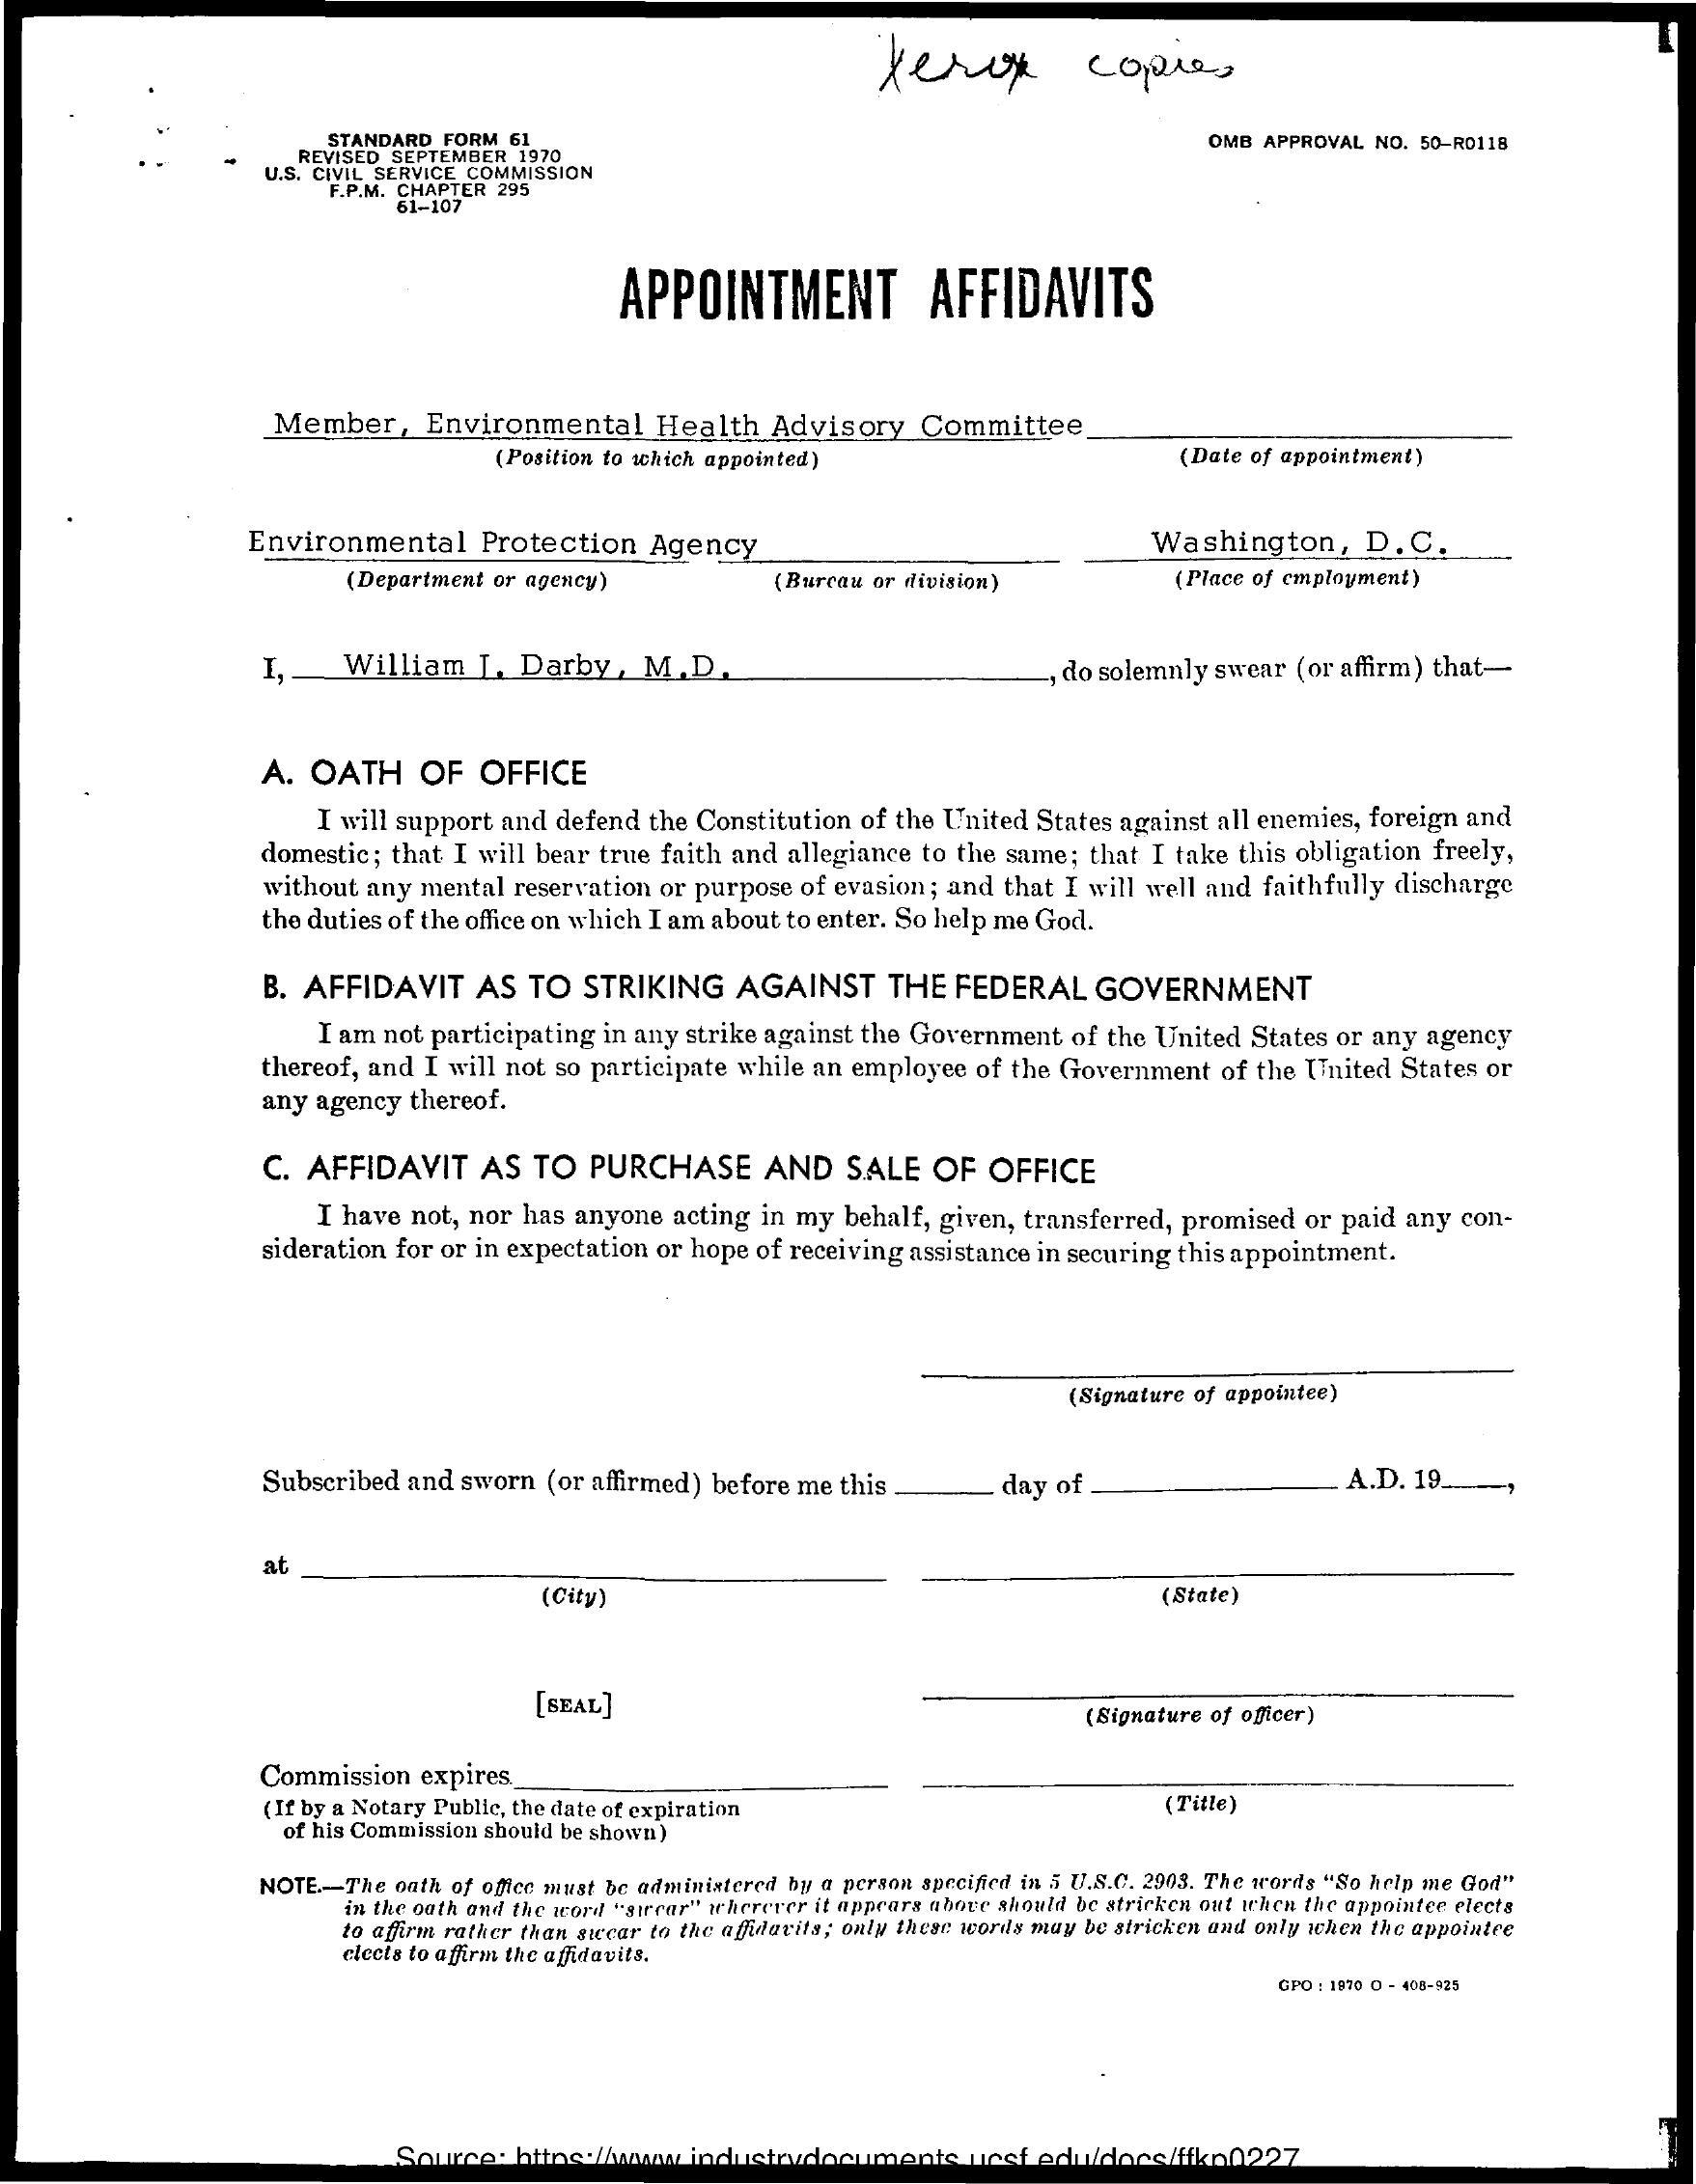
xerox    copies
     STANDARD FORM 61
     REVISED SEPTEMBER 1970
     OMB APPROVAL NO. 50-R0118
     U.S. CIVIL SERVICE COMMISSION
     F.P.M. CHAPTER 295
     61-107
     APPOINTMENT    AFFIDAVITS
     Member,    Environmental    Health  Advisory   Committee
     (Position to which appointed)    (Date of appointment)
     Environmental    Protection  Agency    Washington,    D. C.
     (Department or agency)    (Bureau or division)    (Place of employment)
     I,   William   [. Darby  , M.D.    do solemnly swear (or affirm) that-
     A. OATH    OF   OFFICE
     I will support and defend the Constitution of the United States against all enemies, foreign and
     domestic; that I will bear true faith and allegiance to the same; that I take this obligation freely,
     without any mental reservation or purpose of evasion; and that I will well and faithfully discharge
     the duties of the office on which I am about to enter. So help me God.
     B. AFFIDAVIT   AS  TO  STRIKING   AGAINST    THE  FEDERAL   GOVERNMENT
     I am not participating in any strike against the Government of the United States or any agency
     thereof, and I will not so participate while an employee of the Government of the United States or
     any agency thereof.
     C. AFFIDAVIT   AS  TO  PURCHASE    AND   SALE  OF  OFFICE
     I have not, nor has anyone acting in my behalf, given, transferred, promised or paid any con-
     sideration for or in expectation or hope of receiving assistance in securing this appointment.
     (Signature of appointee)
     Subscribed and sworn (or affirmed) before me this    day of    A.D. 19.
     at
     (City)    (State)
     [SEAL]    (Signature of officer)
     Commission  expires
     (If by a Notary Public, the date of expiration    (Title)
     of his Commission should be shown)
     NOTE .- The oath of office must be administered by a person specified in 5 U.S.C. 2903. The words "So help me God"
     in the oath and the word "sircar" wherever it appears above should be stricken out when the appointed elects
     to affirm rather than sucar to the affidavits; only these words may be stricken and only when the appointce
     elects to affirm the affidavits.
     GPO : 1970 0 - 405-925
     Source:  h    Iesf edu/docs/fiko0227